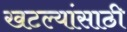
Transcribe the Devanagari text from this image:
खटल्यांसाठी